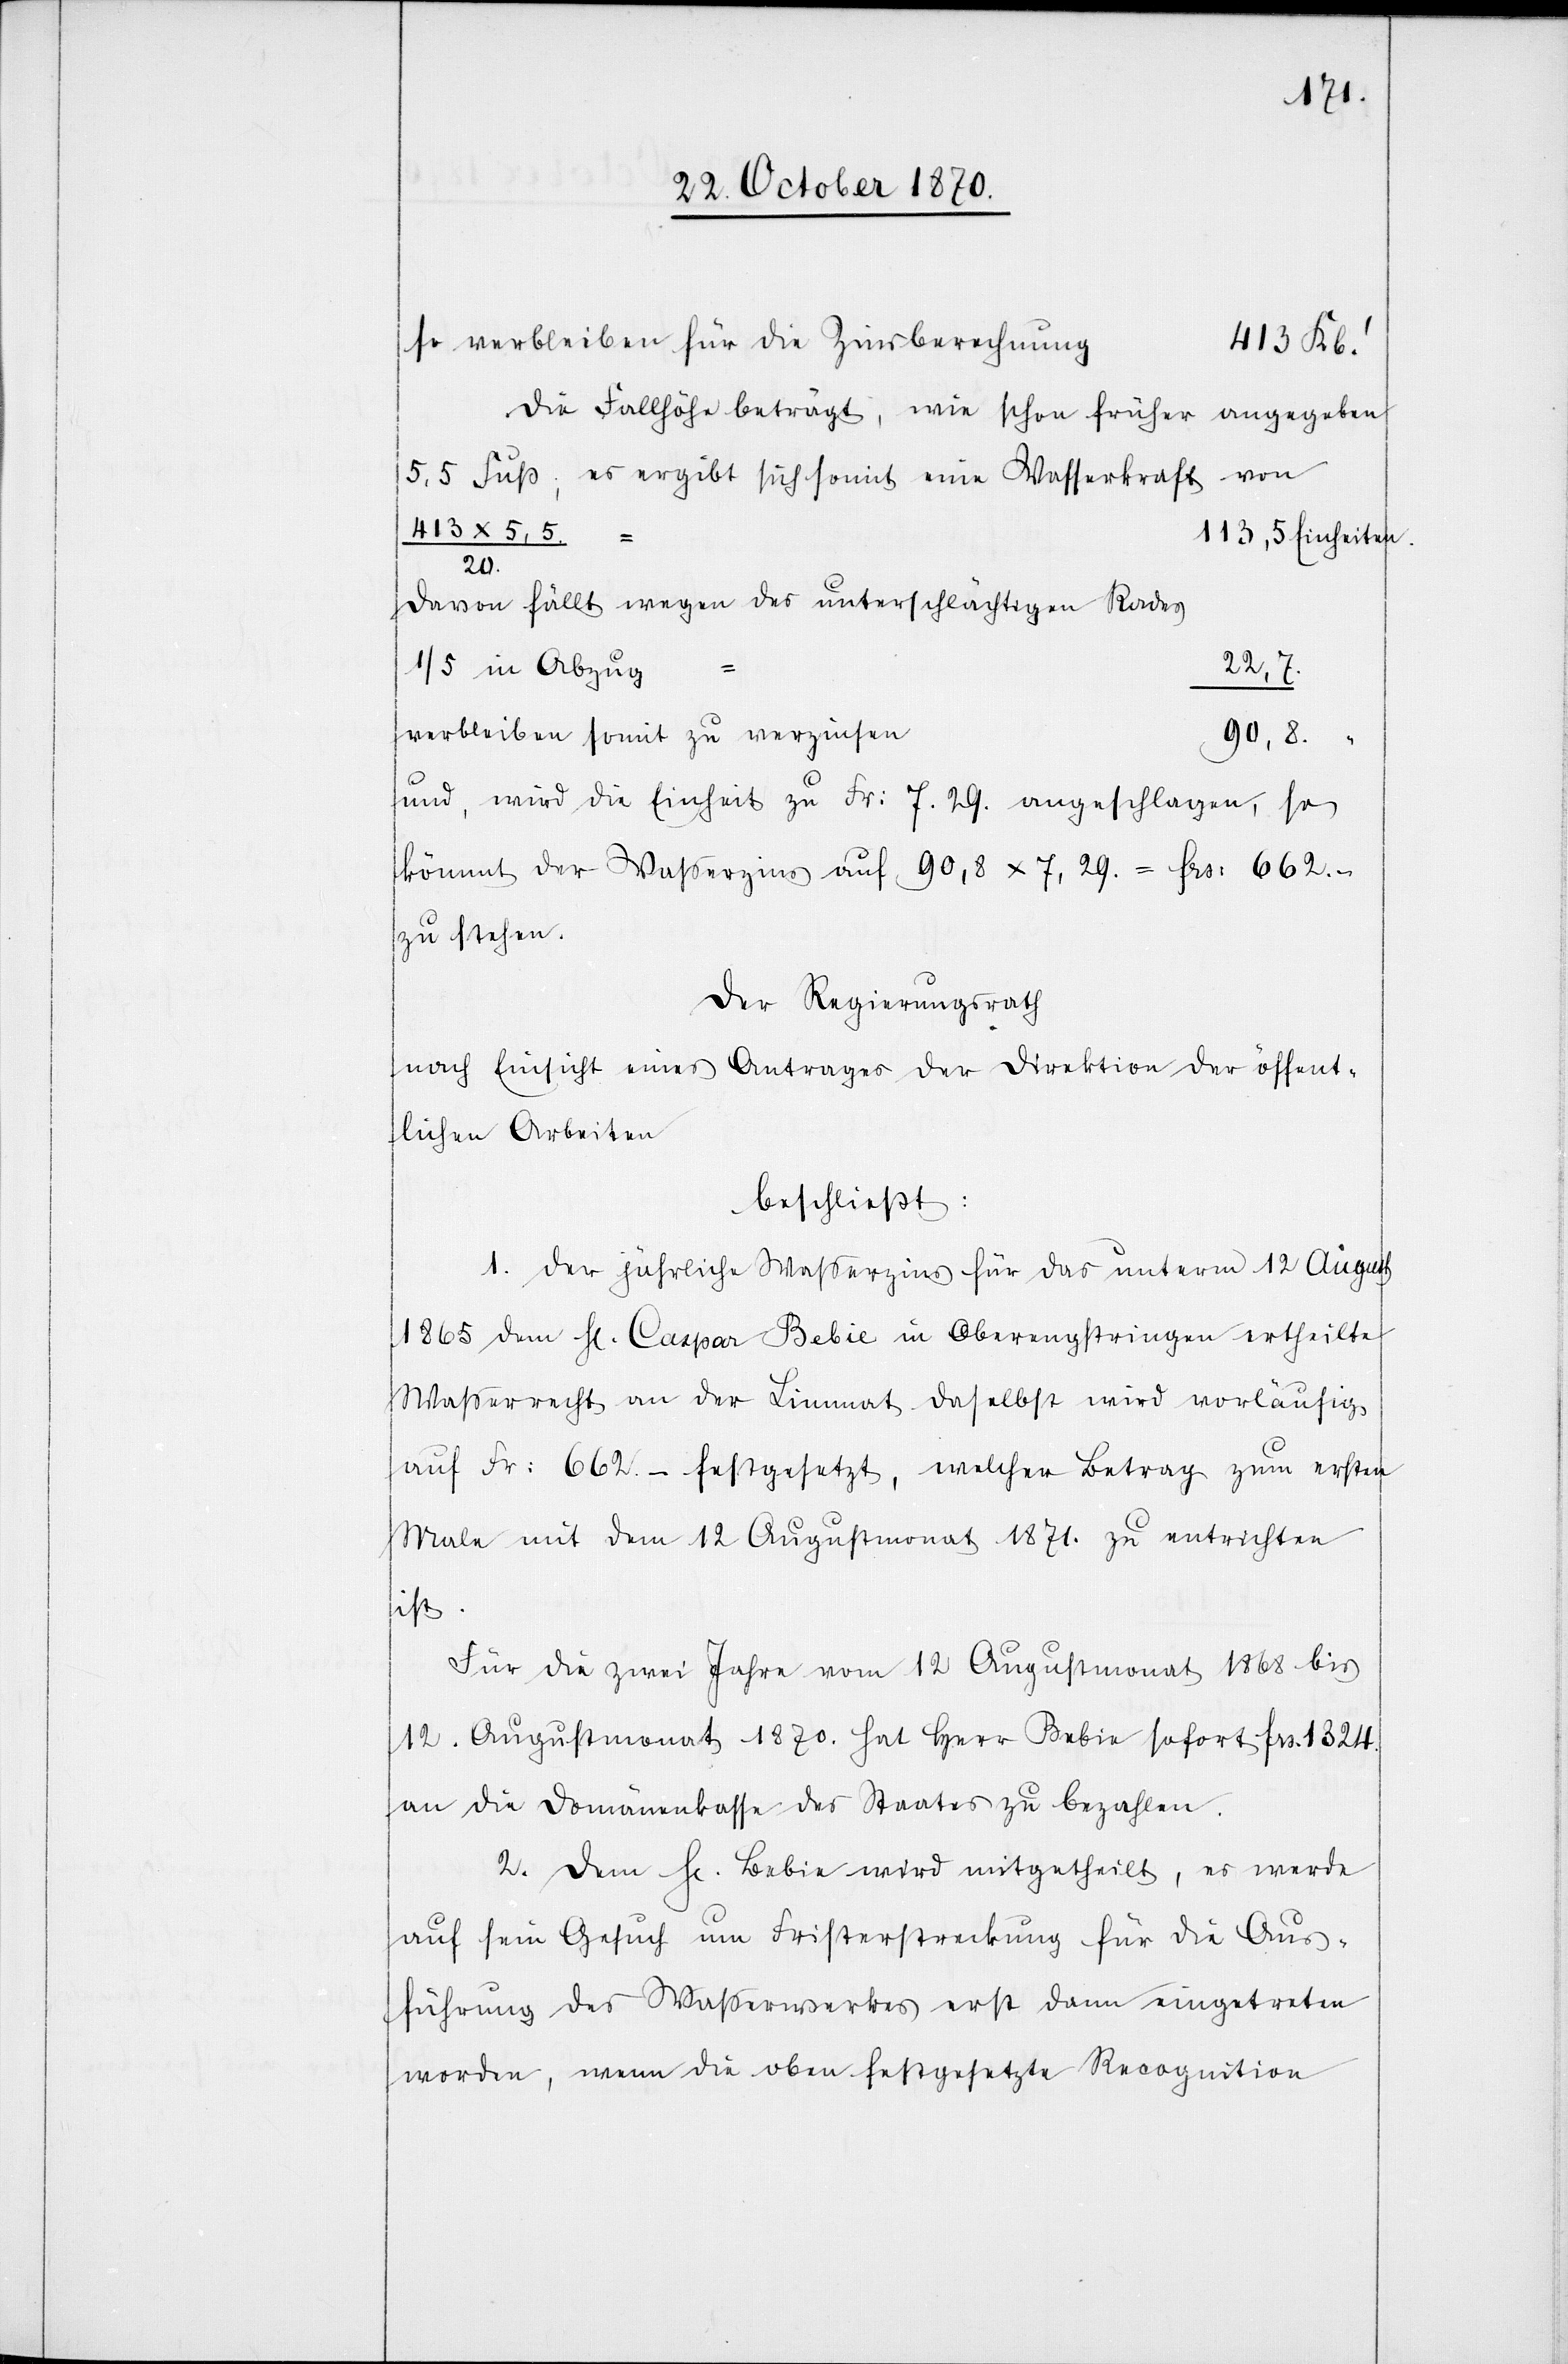
414
so verbleiben für die Zinsberechnung
413 Kb.’
Die Fallhöhe beträgt, wie schon früher angegeben
5,5 Fuß; es ergibt sich somit eine Wasserkraft von
113,5 Einheiten.
20
davon fällt wegen des unterschlächtigen Rades
1/5 in Abzug
22,7
90,8 “
und, wird die Einheit zu Fr: 7,29. angeschlagen, so
kömmt der Waßerzins auf 90,8 x 7,29 = Frs: 662.–
zu stehen.
Der Regierungsrath
nach Einsicht eines Antrages der Direktion der öffent¬
lichen Arbeiten
beschließt:
1. Der jährliche Waßerzins für das unterm 12 August
1865 dem H[errn] Caspar Bebie in Oberengstringen ertheilte
Wasserrecht an der Limmat daselbst wird vorläufig
auf Fr: 662.– festgesetzt, welcher Betrag zum ersten
Male mit dem 12 Augustmonat 1871. zu entrichten
ist.
Für die zwei Jahre vom 12 Augustmonat 1868 bis
12. Augustmonat 1870. hat Herr Bebie sofort Frs. 1324.
an die Domänenkasse des Staates zu bezahlen.
2. Dem H[errn] Bebie wird mitgetheilt, es werde
auf sein Gesuch um Fristerstreckung für die Aus¬
führung des Wasserwerkes erst dann eingetreten
werden, wenn die oben festgesetzte Recognition